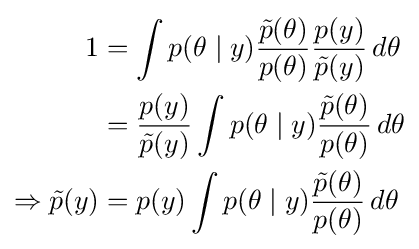
{\begin{aligned}1&=\int p(\theta \mid y){\frac {{\tilde {p}}(\theta )}{p(\theta )}}{\frac {p(y)}{{\tilde {p}}(y)}}\,d\theta \\&={\frac {p(y)}{{\tilde {p}}(y)}}\int p(\theta \mid y){\frac {{\tilde {p}}(\theta )}{p(\theta )}}\,d\theta \\\Rightarrow {\tilde {p}}(y)&=p(y)\int p(\theta \mid y){\frac {{\tilde {p}}(\theta )}{p(\theta )}}\,d\theta \end{aligned}}